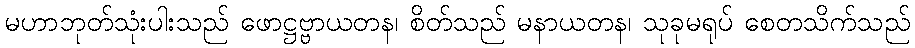
မဟာဘုတ်သုံးပါးသည် ဖောဋ္ဌဗ္ဗာယတန၊ စိတ်သည် မနာယတန၊ သုခုမရုပ် စေတသိက်သည်